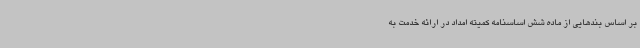
بر اساس بندهایی از ماده شش اساسنامه کمیته امداد در ارائه خدمت به